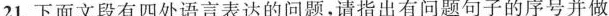
21.下面文段有四处语言表达的问题，请指出有问题句子的序号并做